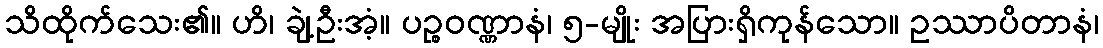
သိထိုက်သေး၏။ ဟိ၊ ချဲ့ဦးအံ့။ ပဉ္စဝဏ္ဏာနံ၊ ၅-မျိုး အပြားရှိကုန်သော။ ဥဿာပိတာနံ၊